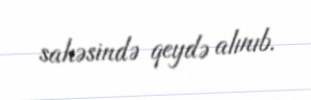
sahəsində qeydə alınıb.